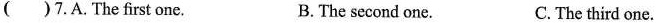
( )7.A. The first one. B. The second one. C. The third one.